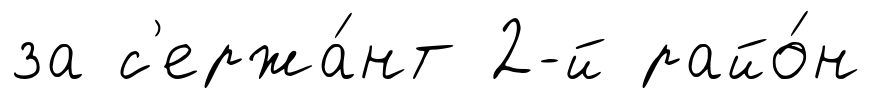
за с'ержа́нт 2-й райо́н